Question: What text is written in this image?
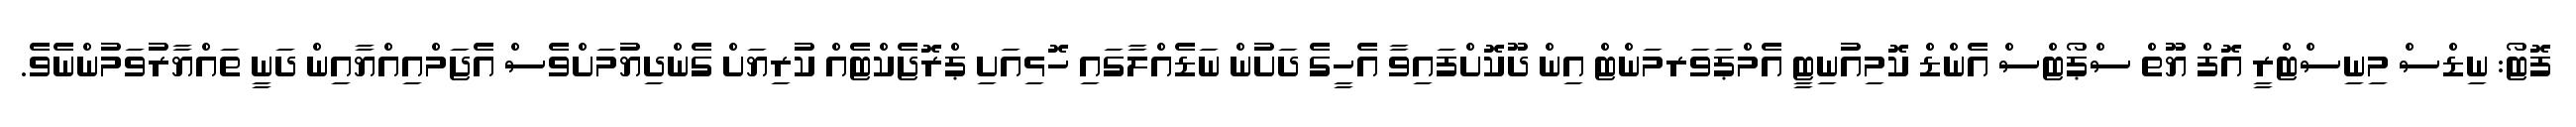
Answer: ފޮޓޯ: ނިޑްސް މިނިސްޓްރީ އޮފް ޔޫތް ސްޕޯޓްސް އެންޑް ކޮމިއުނިޓީ އެމްޕަވަރމަންޓް އިން ދޫކޮށްފައިވާ އެހީގެ ދަށުން ނަޑެއްލާގައި ހޮޅިއަށި ޕްރޮޖެކްޓެއް ކުރިޔަށް ގެންދިޔުމަށްވެސް އެޖަމްއިއްޔާއިން ދަނީ ތައްޔާރުވަމުންނެވެ.